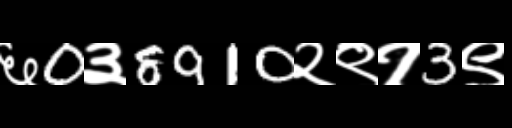
Text: ६0३8910२९१3९